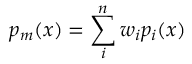
p _ { m } ( x ) = \sum _ { i } ^ { n } w _ { i } p _ { i } ( x )